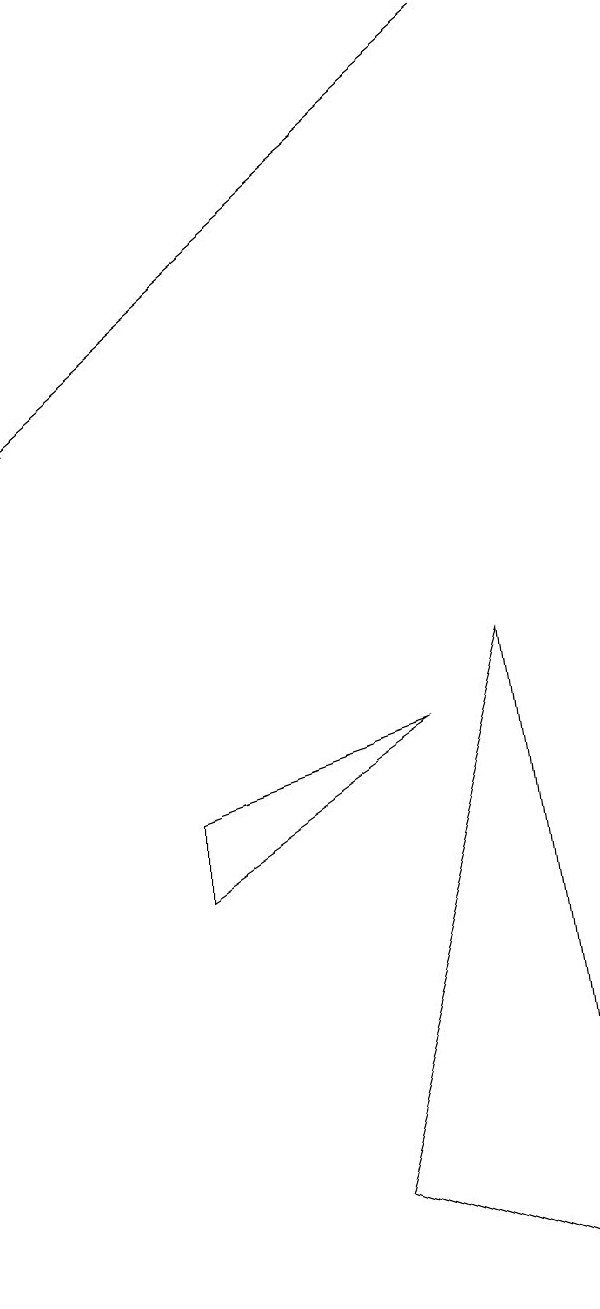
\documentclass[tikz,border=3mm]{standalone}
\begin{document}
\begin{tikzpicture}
\draw (3,5) -- (6,7) -- (3,6) -- cycle;
\draw (7,8) -- (5,1) -- (8,0) -- cycle;
\draw[->] (7,16) -- (1,11);
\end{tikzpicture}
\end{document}